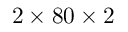
2 \times 8 0 \times 2